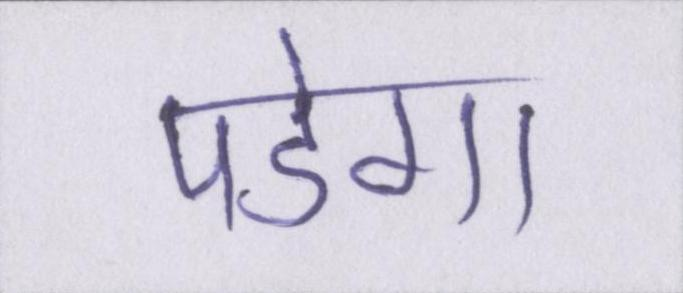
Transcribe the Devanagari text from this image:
पडेगा